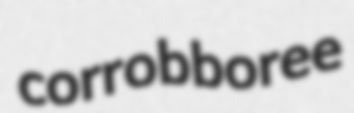
corrobboree